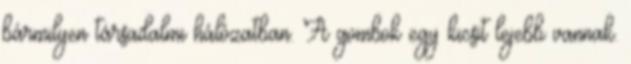
bármilyen társadalmi hálózatban. A gombok egy kicsit lejebb vannak.